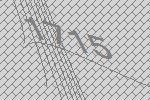
1715